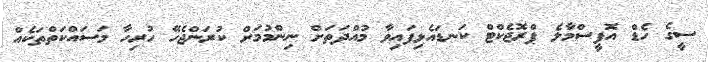
ސީގެ ހެޑް އޮފީސްމާލެ ޕްރޮޖެކްޓް ކަނޑައެޅިފައިވާ މުއްދަތަށް ނިންމުމަށް ކުރަންޖެހޭ ހުރިހާ މަސައްކަތްތަކެއް